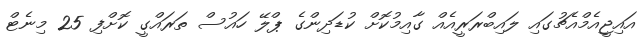
އައިޖީއެމްއެޗުގައި ލައިބްރަރީއެއް ގާއިމުކޮށް ކުޑަދިންގެ ޕްލޭ ހައުސް ތަރައްގީ ކޮށްފި 25 މިނެޓް